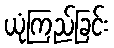
ယုံကြည်ခြင်း